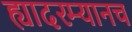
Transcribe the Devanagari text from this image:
ह्यादरम्यानच